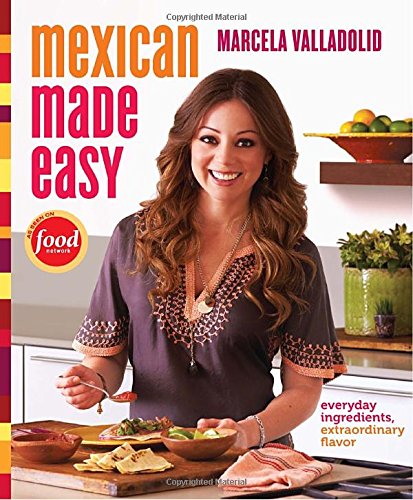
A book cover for Mexican Made Easy: Everyday Ingredients, Extraordinary Flavor; Marcela Valladolid; Cookbooks, Food & Wine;